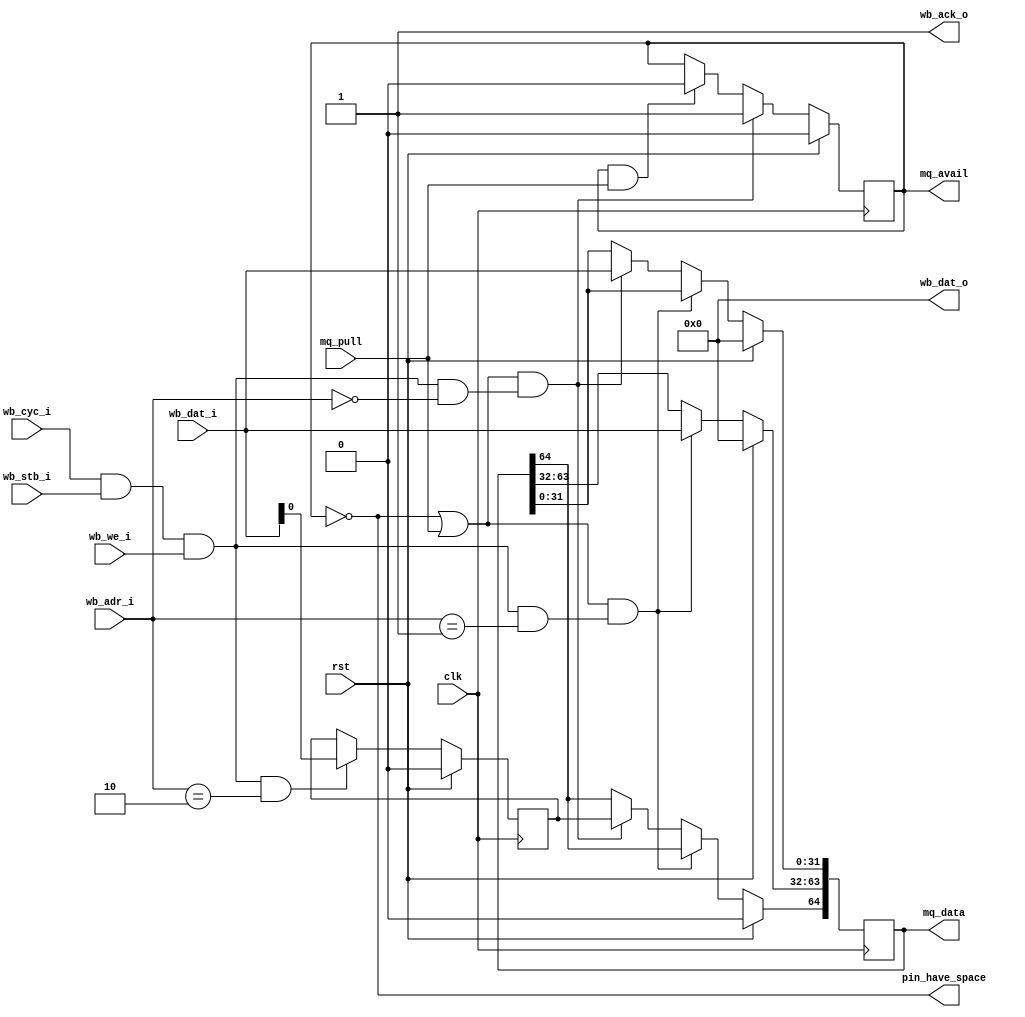
/* Store upcoming movements in a queue
 *
 * Copyright (c) 2024  Kevin O'Connor <kevin@koconnor.net>
 * SPDX-License-Identifier: Apache-2.0
 */

module moveq (
    input clk, rst,

    output pin_have_space,
    output [64:0] mq_data, output mq_avail, input mq_pull,

    input wb_stb_i, input wb_cyc_i, input wb_we_i,
    input [3:0] wb_adr_i,
    input [31:0] wb_dat_i,
    output [31:0] wb_dat_o,
    output wb_ack_o
    );

    // Just a single item in the queue for now
    reg [64:0] queue;

    // Support filling queue entry from wb
    wire is_command_set_interval, is_command_set_countadd;
    wire next_dir;
    reg in_use;
    wire have_space = !in_use || mq_pull;
    always @(posedge clk) begin
        if (rst)
            in_use <= 0;
        else if (have_space && is_command_set_countadd)
            in_use <= 1;
        else if (in_use && mq_pull)
            in_use <= 0;
    end
    always @(posedge clk) begin
        if (rst)
            queue <= 0;
        else if (have_space && is_command_set_interval)
            queue[63:32] <= wb_dat_i;
        else if (have_space && is_command_set_countadd) begin
            queue[64] <= next_dir;
            queue[31:0] <= wb_dat_i;
        end
    end
    assign mq_data = queue;
    assign mq_avail = in_use;
    assign pin_have_space = !in_use;

    // Stepper direction tracking
    wire is_command_set_dir;
    reg upcoming_dir;
    always @(posedge clk) begin
        if (rst)
            upcoming_dir <= 0;
        else if (is_command_set_dir)
            upcoming_dir <= wb_dat_i[0];
    end
    assign next_dir = upcoming_dir;

    // Wishbone command handling
    wire is_command = wb_cyc_i && wb_stb_i && wb_we_i;
    assign is_command_set_countadd = is_command && wb_adr_i == 0;
    assign is_command_set_interval = is_command && wb_adr_i == 1;
    assign is_command_set_dir = is_command && wb_adr_i == 2;
    assign wb_dat_o = 0;
    assign wb_ack_o = 1;

endmodule